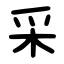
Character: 采